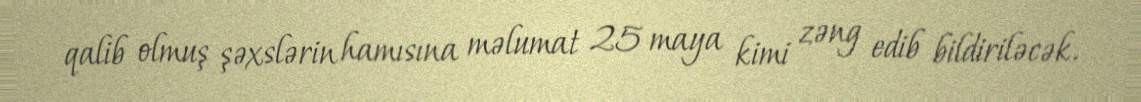
qalib olmuş şəxslərin hamısına məlumat 25 maya kimi zəng edib bildiriləcək.